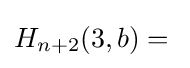
H_{n+2}(3,b)={}